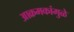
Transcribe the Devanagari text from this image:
आक्रमकांमुळे